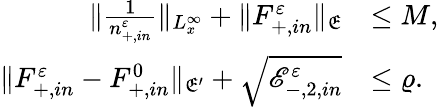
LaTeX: \begin{array}{rl}{\| \frac{1}{n_{+,in}^{\varepsilon}}\| _{L_{x}^{\infty}}+\| F_{+,in}^{\varepsilon}\| _{\mathfrak E}}&{\leq M,}\\ {\| F_{+,in}^{\varepsilon}-F_{+,in}^{0}\| _{\mathfrak E^{\prime}}+\sqrt{\mathscr E_{-,2,in}^{\varepsilon}}}&{\leq\varrho.}\end{array}